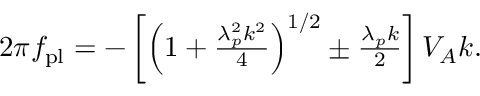
\begin{array} { r } { 2 \pi f _ { \mathrm { p l } } = - \left[ \left( 1 + \frac { \lambda _ { p } ^ { 2 } k ^ { 2 } } { 4 } \right) ^ { 1 / 2 } \pm \frac { \lambda _ { p } k } { 2 } \right] V _ { A } k . } \end{array}